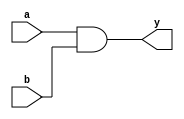
module ALUAND(input [31:0]a,b,output [31:0]y);
    assign y = a & b;
endmodule